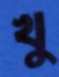
খু